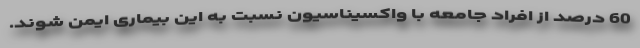
60 درصد از افراد جامعه با واکسیناسیون نسبت به این بیماری ایمن شوند.